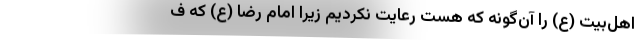
اهل‌بیت (ع) را آن‌گونه که هست رعایت نکردیم زیرا امام رضا (ع) که ف